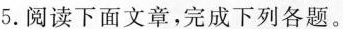
5.阅读下面文章，完成下列各题。